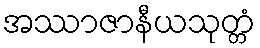
အဿာဇာနီယသုတ္တံ